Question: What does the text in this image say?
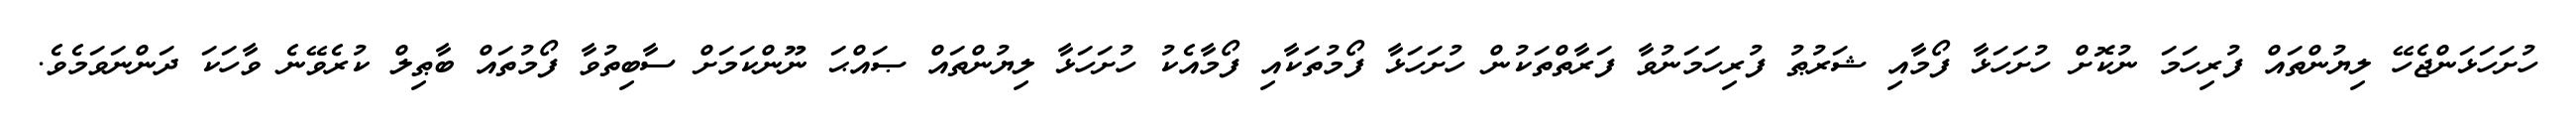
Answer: ހުށަހަޅަންޖެހޭ ލިޔުންތައް ފުރިހަމަ ނުކޮށް ހުށަހަޅާ ފޯމާއި ޝަރުޠު ފުރިހަމަނުވާ ފަރާތްތަކުން ހުށަހަޅާ ފޯމުތަކާއި ފޯމާއެކު ހުށަހަޅާ ލިޔުންތައް ޞައްޙަ ނޫންކަމަށް ސާބިތުވާ ފޯމުތައް ބާޠިލް ކުރެވޭނެ ވާހަކަ ދަންނަވަމެވެ.